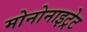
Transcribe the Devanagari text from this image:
मोनोनाइट्रेट